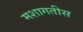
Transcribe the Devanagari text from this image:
मशागतीस